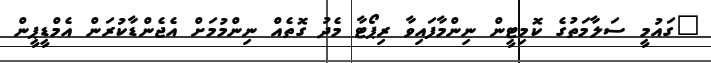
"ގައުމީ ސަލާމަތުގެ ކޮމިޓީން ނިންމާފައިވާ ރިޕޯޓާ މެދު ގޮތެއް ނިންމުމަށް އެޖެންޑާކުރަން އެމްޑީޕީން